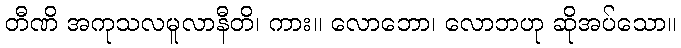
တီဏိ အကုသလမူလာနီတိ၊ ကား။ လောဘော၊ လောဘဟု ဆိုအပ်သော။